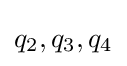
q_{2},q_{3},q_{4}